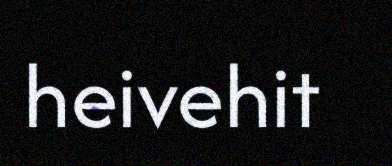
heivehit